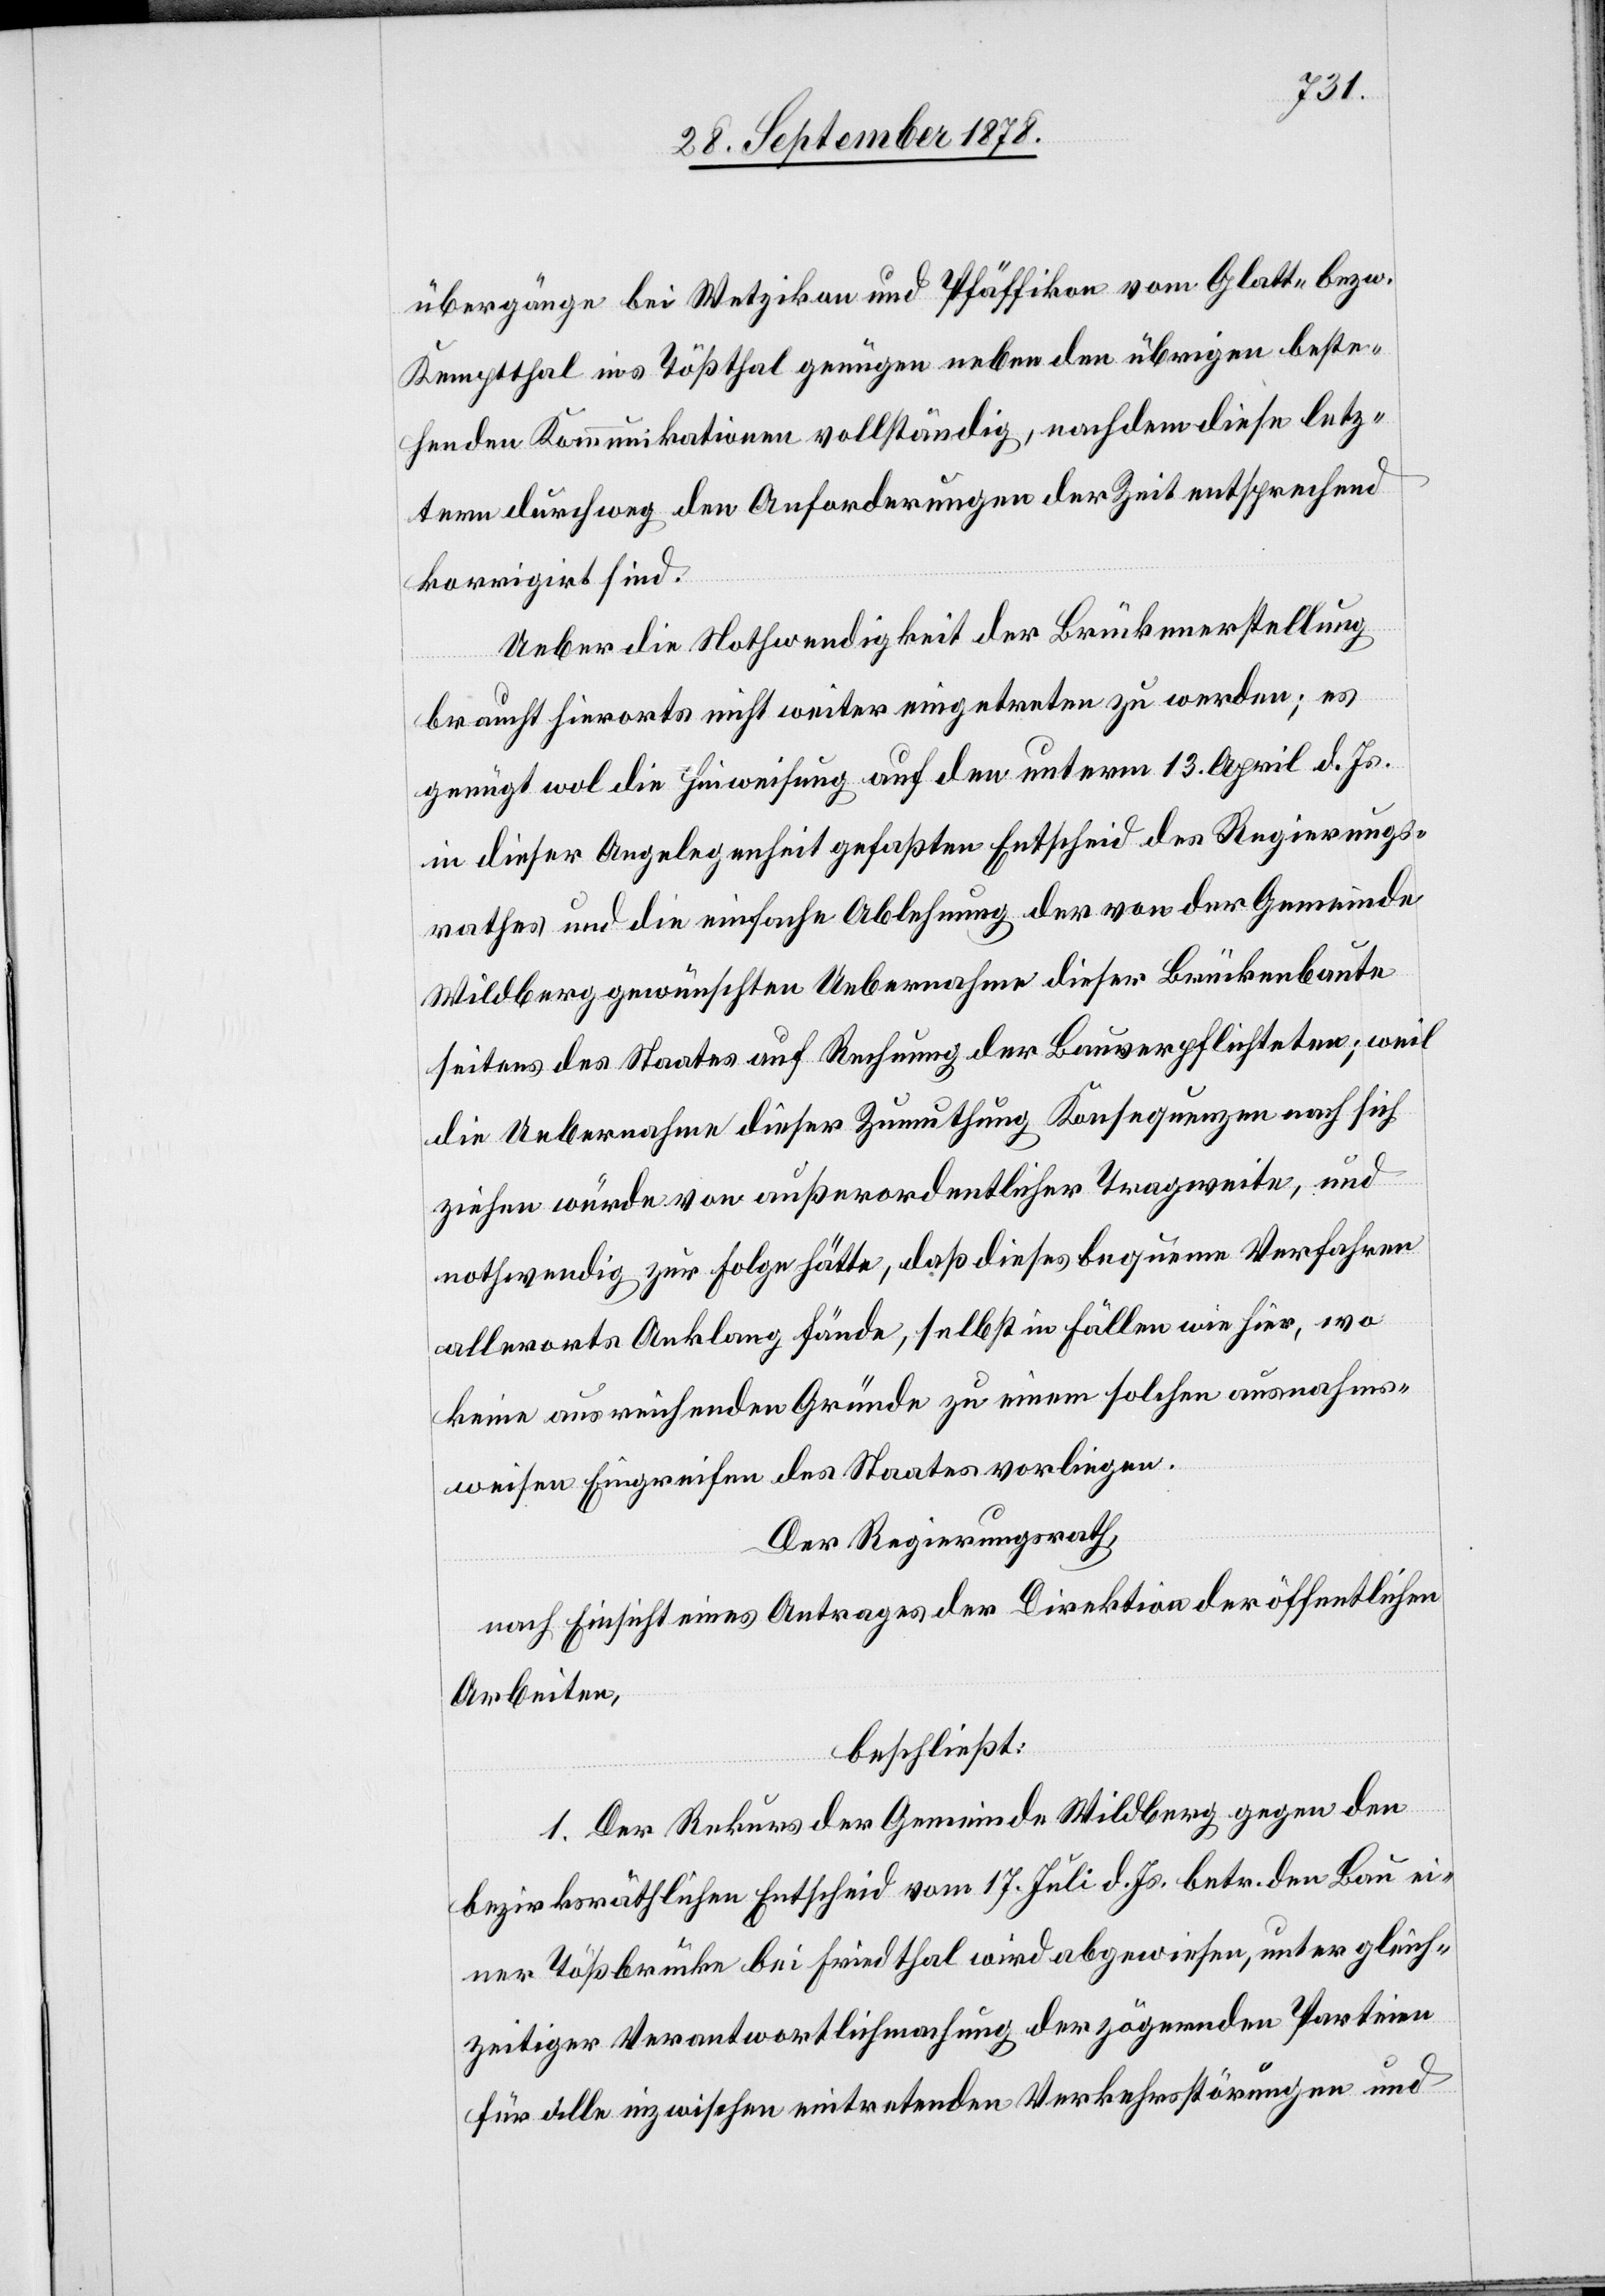
übergänge bei Wetzikon und Pfäffikon vom Glatt- bezw.
Kemptthal ins Tößthal genügen neben den übrigen beste¬
henden Kommunikationen vollständig, nachdem diese letz¬
tern durchweg den Anforderungen der Zeit entsprechend
korrigirt sind.
Ueber die Nothwendigkeit der Brückenerstellung
braucht hierorts nicht weiter eingetreten zu werden; es
genügt wol die Hinweisung auf den unterm 13. April d. Js.
in dieser Angelegenheit gefaßten Entscheid des Regierungs¬
rathes und die einfache Ablehnung des von der Gemeinde
Wildbach gewünschten Uebernahme dieser Brückenbaute
seitens des Staates auf Rechnung der Bauverpflichteten, weil
die Uebernahme dieser Zumuthung Konsequenzen nach sich
ziehen würde von außerordentlicher Tragweite, und
nothwendig zur Folge hätte, daß dieses bequeme Verfahren
allerorts Anklang fände, selbst in Fällen wie hier, wo
keine ausreichenden Gründe zu einem solchen ausnahms¬
weisen Eingreifen des Staatses vorliegen.
Der Regierungsrath,
nach Einsicht eines Antrages der Direktion der öffentlichen
Arbeiten,
beschließt:
1. Der Rekurs der Gemeinde Wildberg gegen den
bezirksräthlichen Entscheid vom 17. Juli d. Js. betr. den Bau ei¬
ner Tößbrücke bei Friedthal wird abgewiesen, unter gleich¬
zeitiger Verantwortlichmachung der zögernden Parteien
für alle inzwischen eintretenden Verkehrsstörungen und